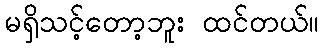
မရှိသင့်တော့ဘူး ထင်တယ်။